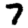
Digit: 7